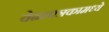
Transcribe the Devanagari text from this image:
वेळापत्रकामध्ये